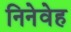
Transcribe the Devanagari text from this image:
निनेवेह